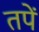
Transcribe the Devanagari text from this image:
तपें